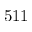
5 1 1